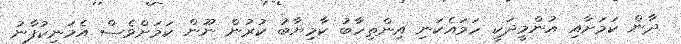
ދާން ކަމަށާއި އުންމީދަކީ ހަމައެކަނި އިންތިހާބު ކާމިޔާބު ކުރުން ނޫން ކަމަށްވެސް އެމަނިކުފާނު